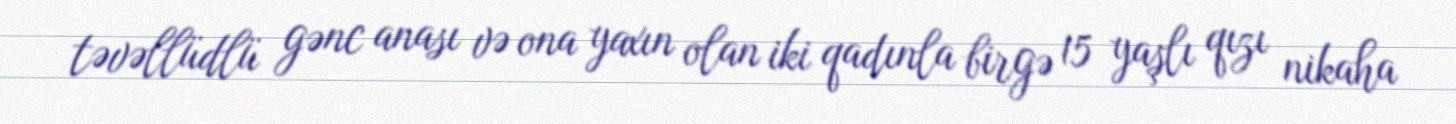
təvəllüdlü gənc anası və ona yaxın olan iki qadınla birgə 15 yaşlı qızı nikaha